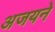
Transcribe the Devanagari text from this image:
अजयने